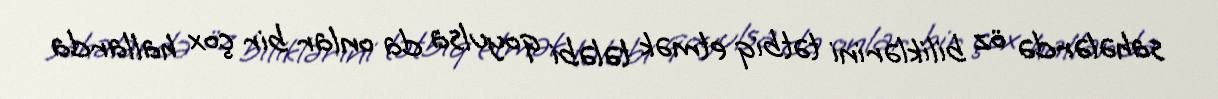
sahələrdə öz biliklərini tətbiq etmək tələbi qoyulsa da onlar bir çox hallarda